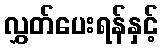
လွှတ်ပေးရန်နှင့်